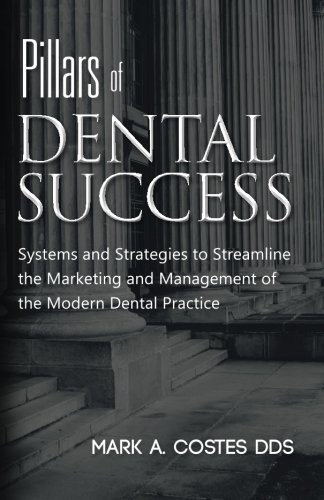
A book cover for Pillars of Dental Success; Mark A. Costes DDS; Medical Books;